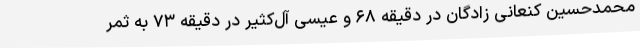
محمدحسین کنعانی زادگان در دقیقه ۶۸ و عیسی آل‌کثیر در دقیقه ۷۳ به ثمر